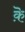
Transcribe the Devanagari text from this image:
क़ॆ